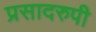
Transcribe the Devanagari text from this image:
प्रसादरुपी